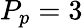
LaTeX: P_{p}=3